Indian journal of veterinary science and animal husbandry - Volume 7,
Year: 1937
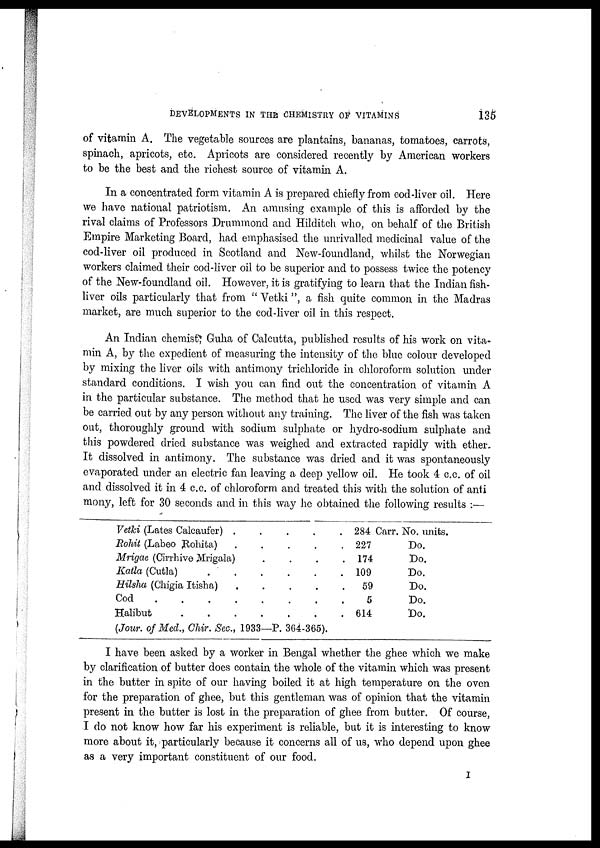
DEVELOPMENTS IN THE CHEMISTRY OF VITAMINS
135
of vitamin A. The vegetable sources are plantains, bananas, tomatoes, carrots,
spinach, apricots, etc. Apricots are considered recently by American workers
to be the best and the richest source of vitamin A.
In a concentrated form vitamin A is prepared chiefly from cod-liver oil. Here
we have national patriotism. An amusing example of this is afforded by the
rival claims of Professors Drummond and Hilditch who, on behalf of the British
Empire Marketing Board, had emphasised the unrivalled medicinal value of the
cod-liver oil produced in Scotland and New-foundland, whilst the Norwegian
workers claimed their cod-liver oil to be superior and to possess twice the potency
of the New-foundland oil. However, it is gratifying to learn that the Indian fish-
liver oils particularly that from " Vetki", a fish quite common in the Madras
market, are much superior to the cod-liver oil in this respect.
An Indian chemist, Guha of Calcutta, published results of his work on vita-
min A, by the expedient of measuring the intensity of the blue colour developed
by mixing the liver oils with antimony trichloride in chloroform solution under
standard conditions. I wish you can find out the concentration of vitamin A
in the particular substance. The method that he used was very simple and can
be carried out by any person without any training. The liver of the fish was taken
out, thoroughly ground with sodium sulphate or hydro-sodium sulphate and
this powdered dried substance was weighed and extracted rapidly with ether.
It dissolved in antimony. The substance was dried and it was spontaneously
evaporated under an electric fan leaving a deep yellow oil. He took 4 c.c. of oil
and dissolved it in 4 c.c. of chloroform and treated this with the solution of anti
mony, left for 30 seconds and in this way he obtained the following results :—
Vetki (Lates Calcaufer)
.
.
.
.
.
Rohit (Labeo
Rohita)
.
.
.
.
.
Mrigae (Cirrhive Mrigala)
.
.
.
.
Katla (Cutla)
.
.
.
.
.
.
Hilsha (Chigia Itisha) . . . .
Cod
.
.
.
.
.
.
.
.
Halibut
.
.
.
.
.
.
.
(Jour. of Med., Chir. Sec., 1933—P. 364-365).
284 Carr. No. units.
227
174
109
59
5
614
Do.
Do.
Do.
Do.
Do.
Do.
I have been asked by a worker in Bengal whether the ghee which we make
by clarification of butter does contain the whole of the vitamin which was present
in the butter in spite of our having boiled it at high temperature on the oven
for the preparation of ghee, but this gentleman was of opinion that the vitamin
present in the butter is lost in the preparation of ghee from butter. Of course,
I do not know how far his experiment is reliable, but it is interesting to know
more about it, particularly because it concerns all of us, who depend upon ghee
as a very important constituent of our food.
I